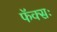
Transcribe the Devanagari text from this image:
फॅक्सः